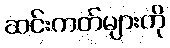
ဆင်းကတ်များကို